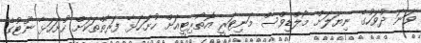
ވަނަ ދުވަހުގެ ނިޔަލަށް މޯލްޑިވްސް މަނިޓަރީ އޮތޯރިޓީއަށް ހުށަހަޅާ ފަރާތްތަކަށް ހުށަހަޅާ ނޫޓުގެ